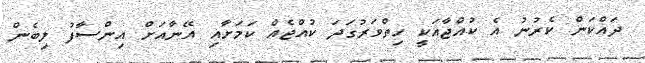
ދައްކަން ކެރުނު އެ ކުއްޖާއަކީ ހިތްވަރުގަދަ ކުއްޖެއް ކަމަށާއި އޭނާއަށް އިންސާފު ލިބެން